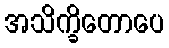
အသိက္ခိတောပေ